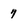
Character: 7